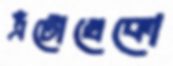
এঁটোখেকো